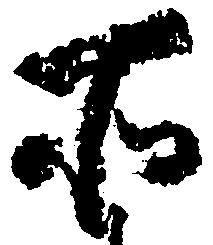
所